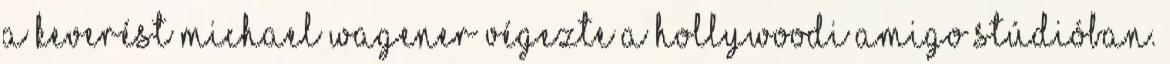
a keverést Michael Wagener végezte a hollywoodi Amigo stúdióban.